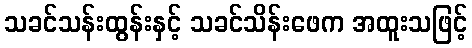
သခင်သန်းထွန်းနှင့် သခင်သိန်းဖေက အထူးသဖြင့်